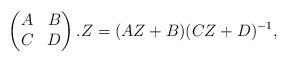
LaTeX: \begin{align*}\begin{pmatrix} A & B\\C & D \end{pmatrix}.Z= (AZ + B)(CZ + D)^{-1},\end{align*}